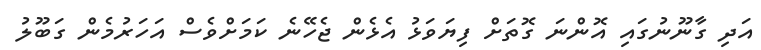
އަދި ގާނޫނުގައި އޮންނަ ގޮތަށް ފިޔަވަޅު އެޅެން ޖެހޭނެ ކަމަށްވެސް އަހަރުމެން ގަބޫލު